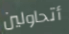
أتحاولين